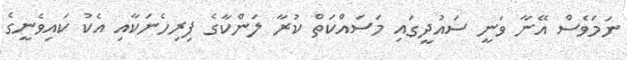
ނަމަވެސް އޭނާ ވަނީ ސައުދީގައި މަސައްކަތް ކުރާ ލަންކާގެ ފިރިހެނަކާއި އެކު ކައިވެނީގެ